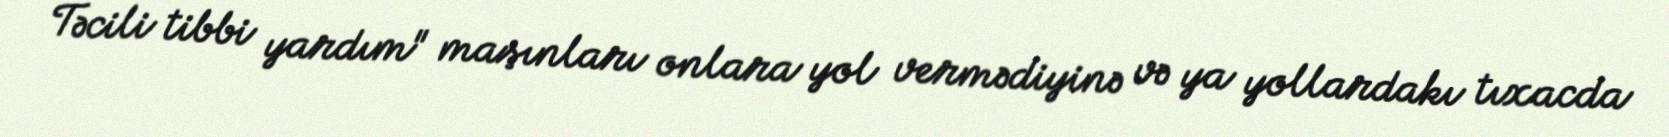
Təcili tibbi yardım" maşınları onlara yol vermədiyinə və ya yollardakı tıxacda